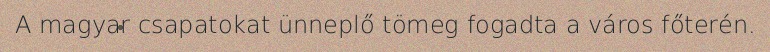
A magyar csapatokat ünneplő tömeg fogadta a város főterén.